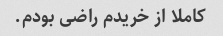
کاملا از خریدم راضی بودم.